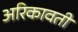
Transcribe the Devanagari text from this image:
अरिकावती